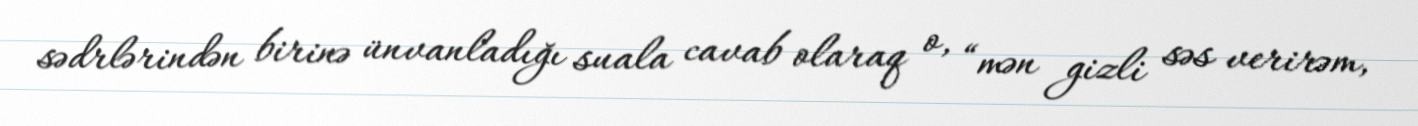
sədrlərindən birinə ünvanladığı suala cavab olaraq o, “mən gizli səs verirəm,